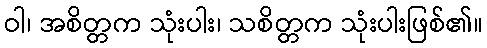
ဝါ၊ အစိတ္တက သုံးပါး၊ သစိတ္တက သုံးပါးဖြစ်၏။